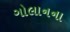
ગોલાનના